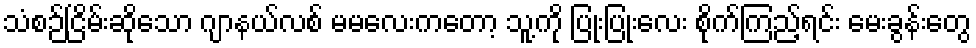
သံစဉ်ငြိမ်းဆိုသော ဂျာနယ်လစ် မမလေးကတော့ သူ့ကို ပြုံးပြုံးလေး စိုက်ကြည့်ရင်း မေးခွန်းတွေ